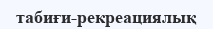
табиғи-рекреациялық